Indian journal of veterinary science and animal husbandry - Volumes 24-25, 1954-1955
Year: 1954
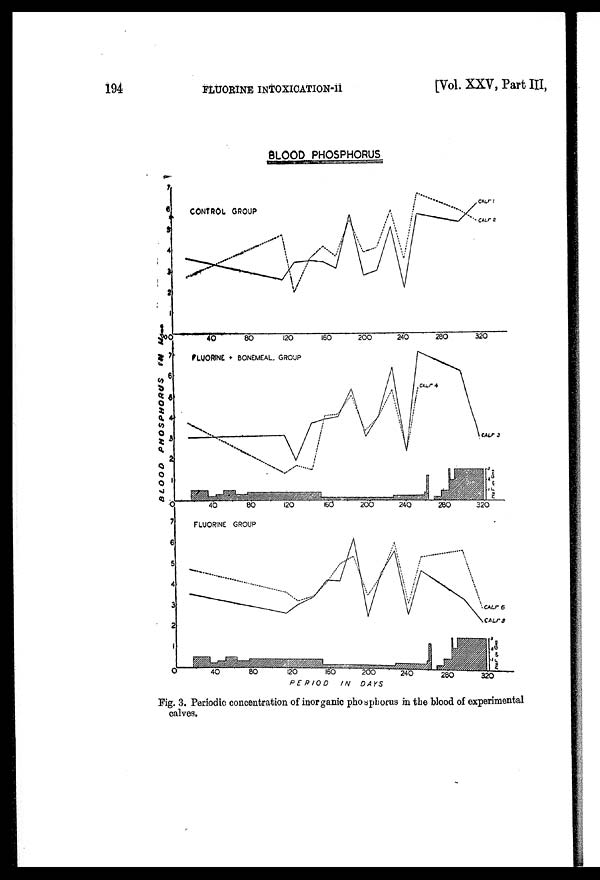
194
FLUORINE
INTOXICATION-II
[Vol. XXV, Part III,
Fig. 3. Periodic concentration of inorganic phosphocus in the blood of experimental
calves.